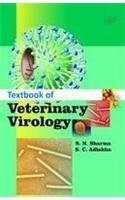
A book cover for TEXTBOOK OF VETERINARY VIROLOGY; Medical Books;